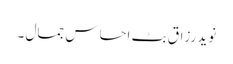
نوید رزاق بٹ احساسِ جمال ۔